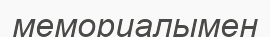
мемориалымен